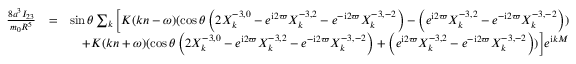
\begin{array} { r l r } { \frac { 8 a ^ { 3 } I _ { 2 3 } } { m _ { 0 } R ^ { 5 } } } & { = } & { \sin \theta \sum _ { k } \Big [ K ( k n - \omega ) ( \cos \theta \left( 2 X _ { k } ^ { - 3 , 0 } - e ^ { \mathrm { i } 2 \varpi } X _ { k } ^ { - 3 , 2 } - e ^ { - \mathrm { i } 2 \varpi } X _ { k } ^ { - 3 , - 2 } \right) - \left( e ^ { \mathrm { i } 2 \varpi } X _ { k } ^ { - 3 , 2 } - e ^ { - \mathrm { i } 2 \varpi } X _ { k } ^ { - 3 , - 2 } \right) ) } \\ & { } & { + K ( k n + \omega ) ( \cos \theta \left( 2 X _ { k } ^ { - 3 , 0 } - e ^ { \mathrm { i } 2 \varpi } X _ { k } ^ { - 3 , 2 } - e ^ { - \mathrm { i } 2 \varpi } X _ { k } ^ { - 3 , - 2 } \right) + \left( e ^ { \mathrm { i } 2 \varpi } X _ { k } ^ { - 3 , 2 } - e ^ { - \mathrm { i } 2 \varpi } X _ { k } ^ { - 3 , - 2 } \right) ) \Big ] e ^ { \mathrm { i } k M } } \end{array}